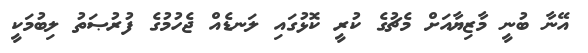
އޭނާ ބުނީ މާޒިޔާއަށް މެޗުގެ ކުރީ ކޮޅުގައި ލަނޑެއް ޖެހުމުގެ ފުރުޞަތު ލިބުމަކީ